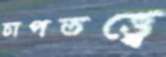
চাপতত্ত্বে